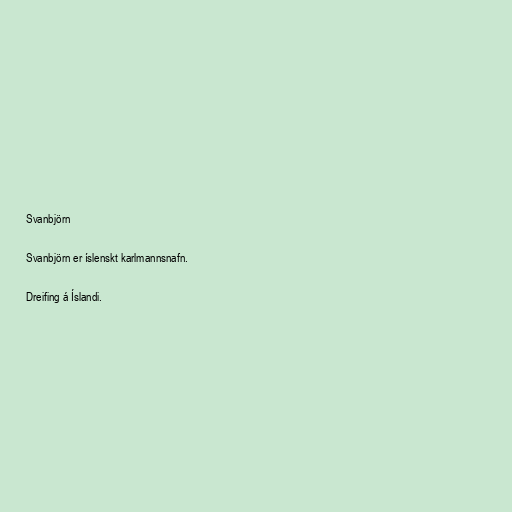
Svanbjörn

Svanbjörn er íslenskt karlmannsnafn.

Dreifing á Íslandi.